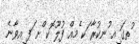
ުތގަ ިއ ުނކުރާ ަކ ެމއް ފުލޫ ޮކ ްށ ަފ ިއވާނެ